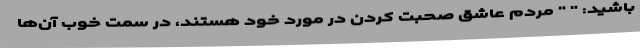
باشید: " " مردم عاشق صحبت کردن در مورد خود هستند، در سمت خوب آن‌ها